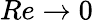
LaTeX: Re\rightarrow 0